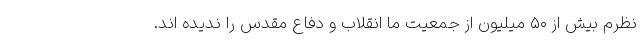
نظرم بیش از ۵۰ میلیون از جمعیت ما انقلاب و دفاع مقدس را ندیده اند.